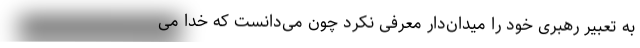
به تعبیر رهبری خود را میدان‌دار معرفی نکرد چون می‌دانست که خدا می